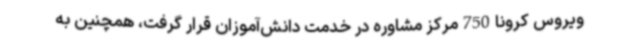
ویروس کرونا750مرکز مشاوره در خدمت دانش‌آموزان قرار گرفت، همچنین به